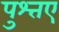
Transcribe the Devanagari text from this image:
पुश्तए